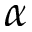
\alpha